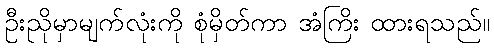
ဦးညိုမှာမျက်လုံးကို စုံမှိတ်ကာ အံကြိး ထားရသည်။